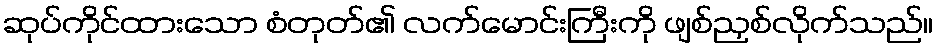
ဆုပ်ကိုင်ထားသော စံတုတ်၏ လက်မောင်းကြီးကို ဖျစ်ညှစ်လိုက်သည်။